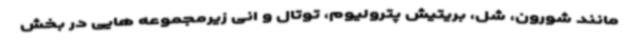
مانند شورون، شل، بریتیش پترولیوم، توتال و انی زیرمجموعه هایی در بخش